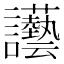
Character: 讛